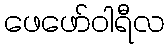
ဖေဖော်ဝါရီလ